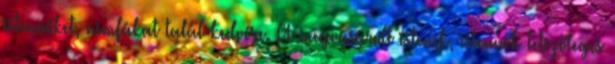
istennőket, nimfákat talál kedvére. A megvásárolt istenek, istennők tetszőleges